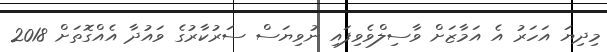
މިދިޔަ އަހަރު އެ އަމާޒަށް ވާސިލްވެވިފައި ނުވިޔަސް ސަރުކާރުގެ ވައުދާ އެއްގޮތަށް 2018